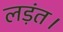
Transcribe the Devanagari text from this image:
लड़ंत।